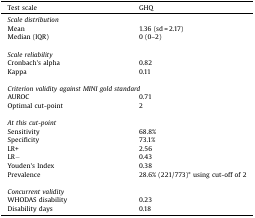
<table><thead><tr><td><b>Test scale</b></td><td><b>GHQ</b></td></tr></thead><tbody><tr><td colspan="2"><i>Scale distribution</i></td></tr><tr><td>Mean</td><td>1.36 (sd = 2.17)</td></tr><tr><td>Median (IQR)</td><td>0 (0–2)</td></tr><tr><td colspan="2">  </td></tr><tr><td colspan="2"><i>Scale reliability</i></td></tr><tr><td>Cronbach&#x27;s alpha</td><td>0.82</td></tr><tr><td>Kappa</td><td>0.11</td></tr><tr><td colspan="2">  </td></tr><tr><td colspan="2"><i>Criterion validity against MINI gold standard</i></td></tr><tr><td>AUROC</td><td>0.71</td></tr><tr><td>Optimal cut-point</td><td>2</td></tr><tr><td colspan="2">  </td></tr><tr><td colspan="2"><i>At this cut-point</i></td></tr><tr><td>Sensitivity</td><td>68.8%</td></tr><tr><td>Specificity</td><td>73.1%</td></tr><tr><td>LR+</td><td>2.56</td></tr><tr><td>LR−</td><td>0.43</td></tr><tr><td>Youden&#x27;s Index</td><td>0.38</td></tr><tr><td>Prevalence</td><td>28.6% (221/773)* using cut-off of 2</td></tr><tr><td colspan="2">  </td></tr><tr><td colspan="2"><i>Concurrent validity</i></td></tr><tr><td>WHODAS disability</td><td>0.23</td></tr><tr><td>Disability days</td><td>0.18</td></tr></tbody></table>